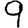
Digit: 9